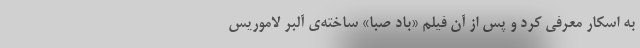
به اسکار معرفی کرد و پس از آن فیلم «باد صبا» ساخته‌ی آلبر لاموریس